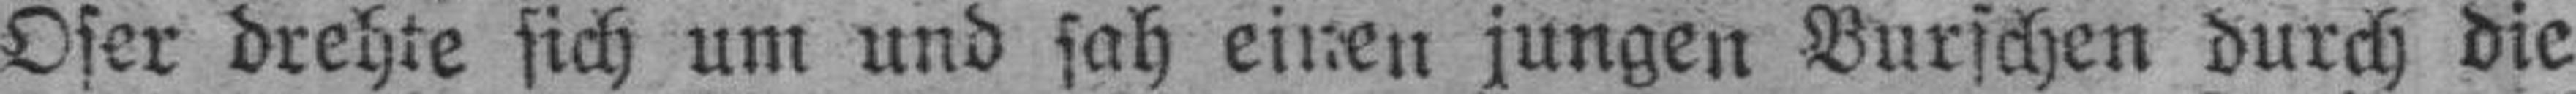
Oser drehte sich um und sah einen jungen Burschen durch die